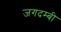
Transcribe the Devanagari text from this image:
जगदम्बी